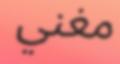
مغني